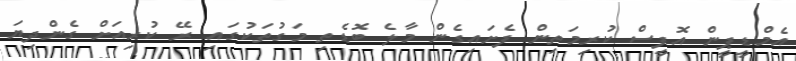
އެމްޑީޕީން އޮފީސް ކުރިމަތިން ފެށައިގެން މާލެ ބޮޑެތި މަގުތަކުގައި ރޭ ކުރިއަށް ގެންދިޔަ